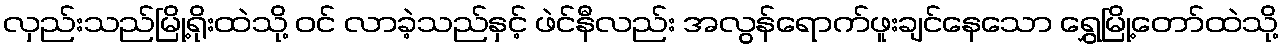
လှည်းသည်မြို့ရိုးထဲသို့ ဝင် လာခဲ့သည်နှင့် ဖဲင်နီလည်း အလွန်ရောက်ဖူးချင်နေသော ရွှေမြို့တော်ထဲသို့